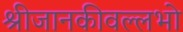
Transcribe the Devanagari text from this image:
श्रीजानकीवल्लभो